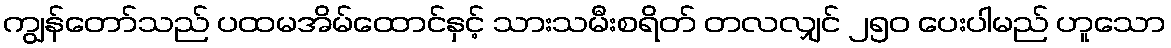
ကျွန်တော်သည် ပထမအိမ်ထောင်နှင့် သားသမီးစရိတ် တလလျှင် ၂၅၀ ပေးပါမည် ဟူသော